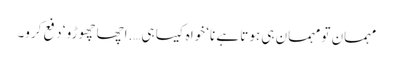
مہمان تو مہمان ہی ہوتا ہے نا‘ خواہ کیسا ہی….اچھا چھوڑو ‘ دفع کرو۔